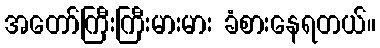
အတော်ကြီးကြီးမားမား ခံစားနေရတယ်။